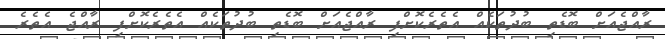
ރާއްޖެއަށް ބޮޑެތި ބުދުތަކެއް އެތެރެކޮށްފި ރާއްޖެއަށް ބޮޑެތި ބުދުތަކެއް އެތެރެކޮށްފި ރާއްޖެ އެތެރެ